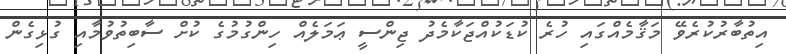
އިތުބާރުކުރެވޭ މަޤާމެއްގައި ހުރެ ކުޑަކުއްޖަކާމެދު ޖިންސީ ޢަމަލެއް ހިންގުމުގެ ކުށް ސާބިތުވުމާއި ގުޅިގެން